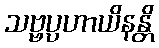
သဗ္ဗပ္ပဟာယိနန္တိ